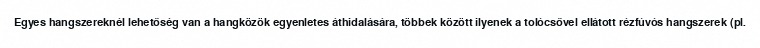
Egyes hangszereknél lehetőség van a hangközök egyenletes áthidalására, többek között ilyenek a tolócsővel ellátott rézfúvós hangszerek (pl.